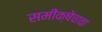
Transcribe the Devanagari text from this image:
समीक्षेचावा